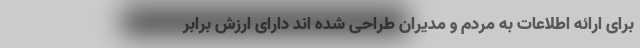
برای ارائه اطلاعات به مردم و مدیران طراحی شده اند دارای ارزش برابر